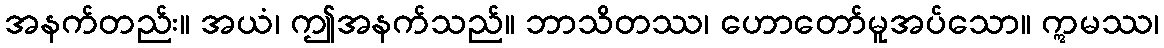
အနက်တည်း။ အယံ၊ ဤအနက်သည်။ ဘာသိတဿ၊ ဟောတော်မူအပ်သော။ ဣမဿ၊